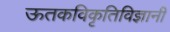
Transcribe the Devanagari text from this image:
ऊतकविकृतिविज्ञानी